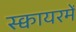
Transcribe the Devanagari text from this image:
स्क्वायरमें